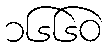
၁၆၆၀